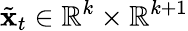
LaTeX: \tilde{\mathbf{x}}_{t}\in\mathbb{R}^{k}\times\mathbb{R}^{k+1}